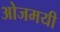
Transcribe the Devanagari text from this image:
ओजमयी